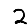
Digit: 2